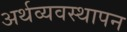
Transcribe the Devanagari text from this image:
अर्थव्यवस्थापन